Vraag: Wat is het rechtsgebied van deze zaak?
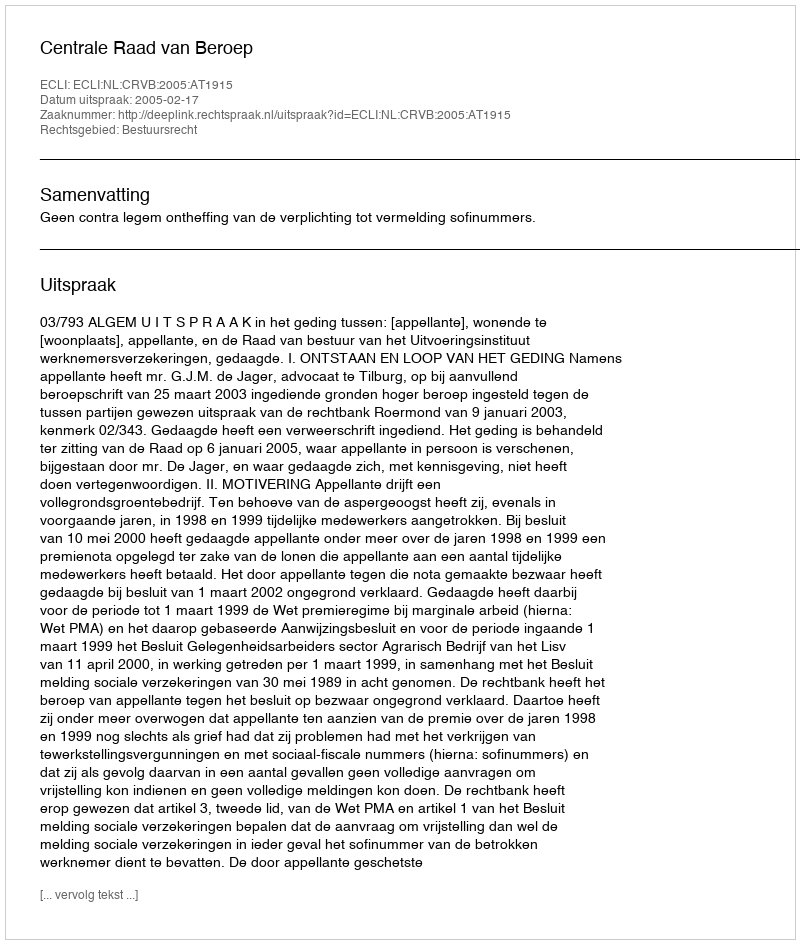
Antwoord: Bestuursrecht